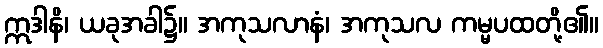
ဣဒါနိ၊ ယခုအခါ၌။ အကုသလာနံ၊ အကုသလ ကမ္မပထတို့၏။